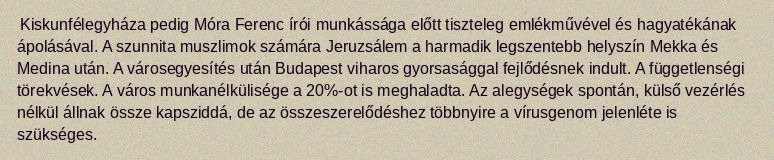
Kiskunfélegyháza pedig Móra Ferenc írói munkássága előtt tiszteleg emlékművével és hagyatékának ápolásával. A szunnita muszlimok számára Jeruzsálem a harmadik legszentebb helyszín Mekka és Medina után. A városegyesítés után Budapest viharos gyorsasággal fejlődésnek indult. A függetlenségi törekvések. A város munkanélkülisége a 20%-ot is meghaladta. Az alegységek spontán, külső vezérlés nélkül állnak össze kapsziddá, de az összeszerelődéshez többnyire a vírusgenom jelenléte is szükséges.